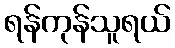
ရန်ကုန်သူရယ်